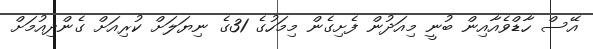
އޭސް ހާޑްވެއާއިން ބުނީ މިއަދުން ފެށިގެން މިމަހުގެ 31ގެ ނިޔަލަށް ކުރިއަށް ގެންދިއުމަށް